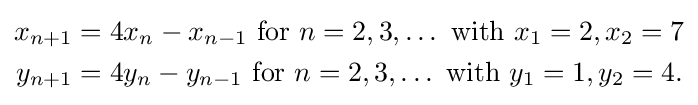
{\begin{aligned}x_{n+1}&=4x_{n}-x_{n-1}{\text{ for }}n=2,3,\ldots {\text{ with }}x_{1}=2,x_{2}=7\\y_{n+1}&=4y_{n}-y_{n-1}{\text{ for }}n=2,3,\ldots {\text{ with }}y_{1}=1,y_{2}=4.\end{aligned}}